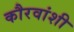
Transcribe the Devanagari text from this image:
कौरवांशी